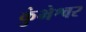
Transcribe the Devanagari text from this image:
कुंभेश्वर